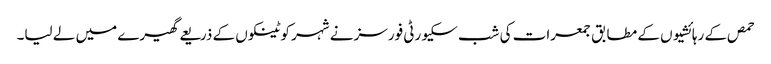
حمص کے رہائشیوں کے مطابق جمعرات کی شب سکیورٹی فورسز نے شہر کو ٹینکوں کے ذریعے گھیرے میں لے لیا۔